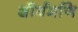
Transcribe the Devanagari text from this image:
शीर्षमणि